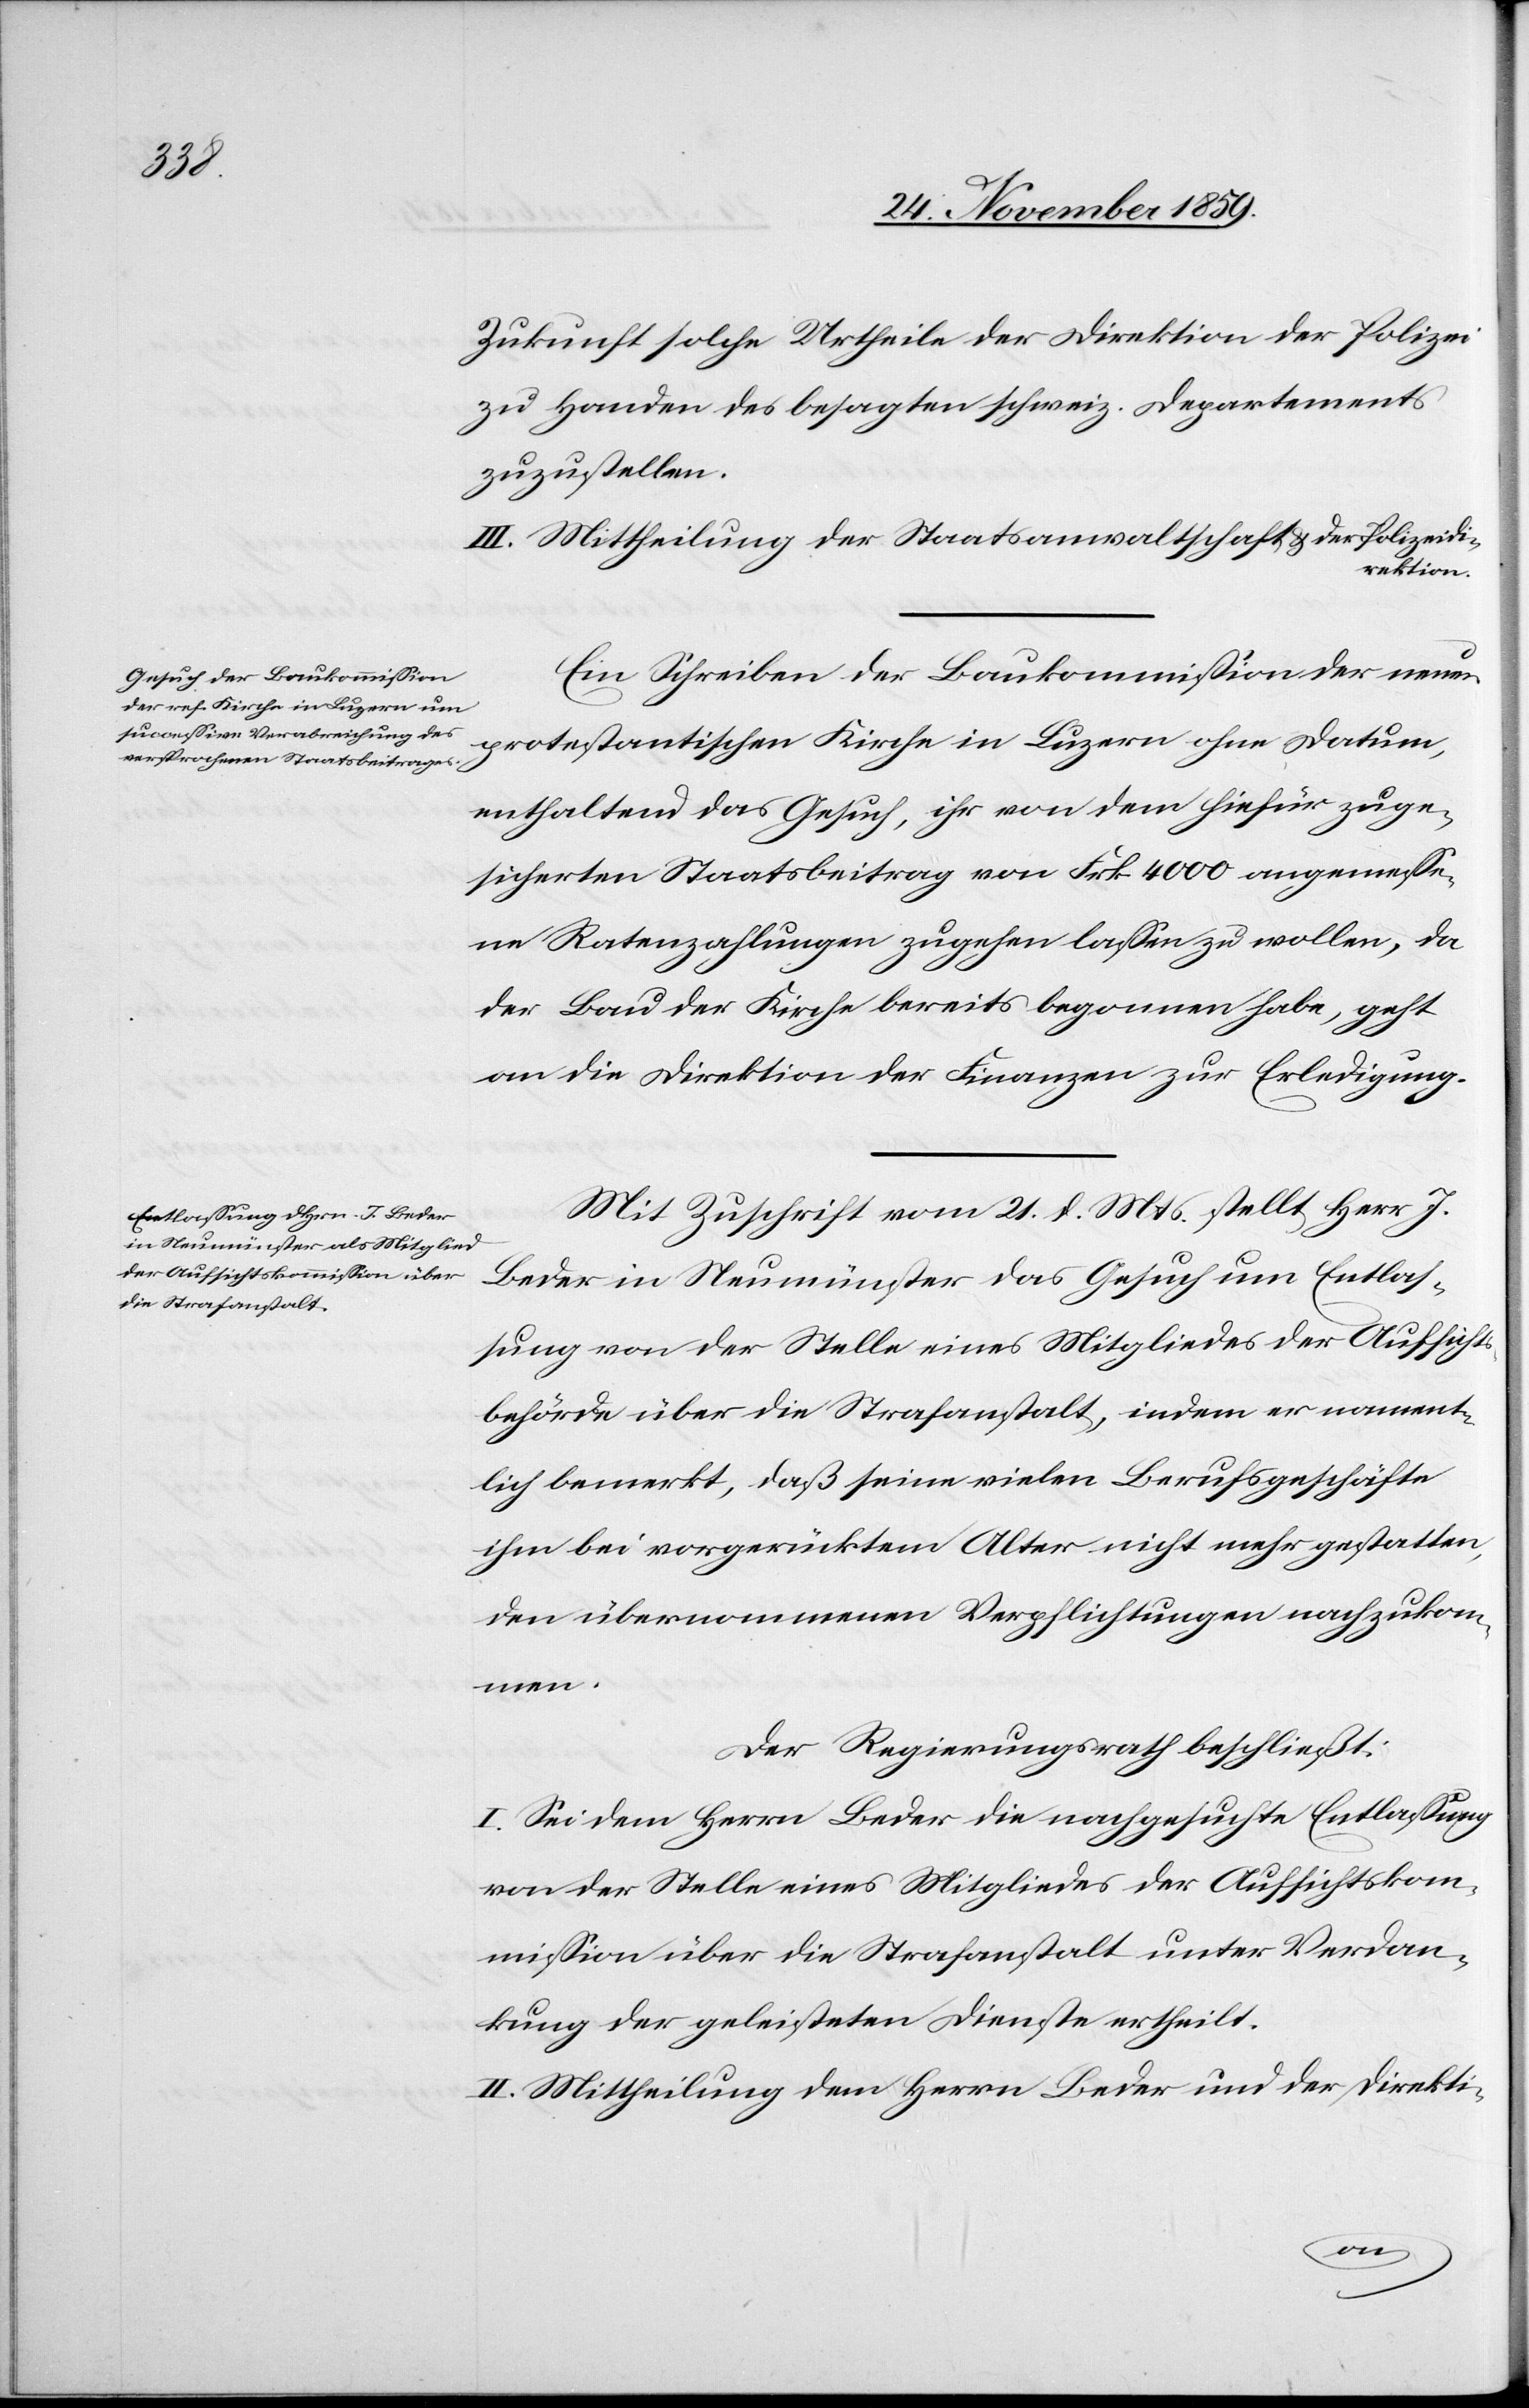
Zukunft solche Urtheile der Direktion der Polizei
zu Handen des besagten schweiz. Departements
zuzustellen.
III. Mittheilung der Staatsanwaltschaft & der Polizeidi¬
rektion.
Ein Schreiben der Baukommission der neuen
protestantischen Kirche in Luzern ohne Datum,
enthaltend das Gesuch, ihr von dem hiefür zuge¬
sicherten Staatsbeitrag von Frk. 4000 angemesse¬
ne Ratenzahlungen zugehen lassen zu wollen, da
der Bau der Kirche bereits begonnen habe, geht
an die Direktion der Finanzen zur Erledigung.
Mit Zuschrift vom 21. d. Mts. stellt Herr J.
Beder in Neumünster das Gesuch um Entlas¬
sung von der Stelle eines Mitgliedes der Aufsichts¬
behörde über die Strafanstalt, indem er nament¬
lich bemerkt, daß seine vielen Berufsgeschäfte
ihm bei vorgerücktem Alter nicht mehr gestatten,
den übernommenen Verpflichtungen nachzukom¬
men.
Der Regierungsrath beschließt:
I. Sei dem Herrn Beder die nachgesuchte Entlassung
von der Stelle eines Mitgliedes der Aufsichtskom¬
mission über die Strafanstalt unter Verdan¬
kung der geleisteten Dienste ertheilt.
II. Mittheilung dem Herrn Beder und der Direkti-